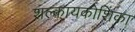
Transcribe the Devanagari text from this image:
शल्कायकोशिका